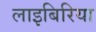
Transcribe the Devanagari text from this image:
लाइबिरिया